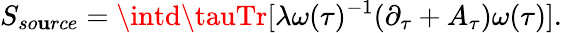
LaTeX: S_{so\mathbf{u}rce}=\intd\tauTr[\lambda\omega(\tau)^{-1}(\partial_{\tau}+A_{\tau})\omega(\tau)].